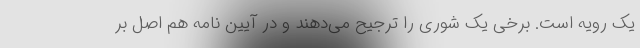
یک رویه است. برخی یک شوری را ترجیح می‌دهند و در آیین نامه هم اصل بر